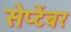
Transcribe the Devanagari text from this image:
सेप्टेंबर